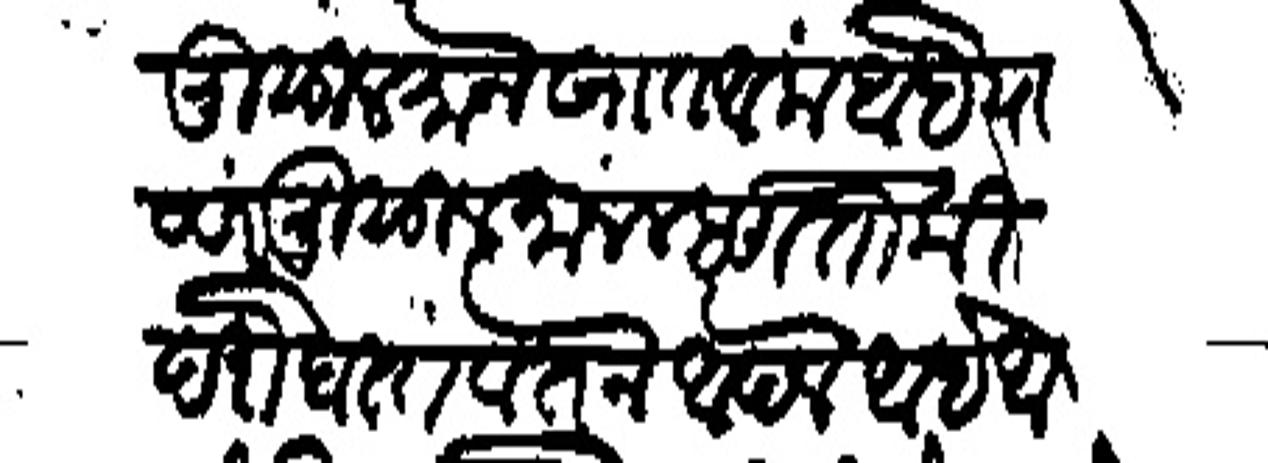
Transliteration (Devanagari): मुसुलमान खात आला आहे याजवर मुसुलमान म्हणतो की दरोबस्त वतन आपले आहे आणी